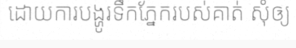
ដោយការបង្ហូរទឹកភ្នែករបស់គាត់ សុំឲ្យ